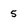
Character: 5